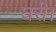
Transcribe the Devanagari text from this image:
घरी।